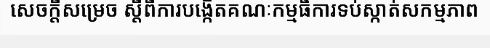
សេចក្តីសម្រេច ស្តីពីការបង្កើតគណៈកម្មធិការទប់ស្កាត់សកម្មភាព